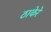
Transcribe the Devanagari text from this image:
ठाकेरे